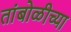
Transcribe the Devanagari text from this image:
तांबोळीच्या